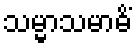
သမ္မာသမာဓိံ